Document type: Grant
Year: 1310
Scribe: [Unknown]
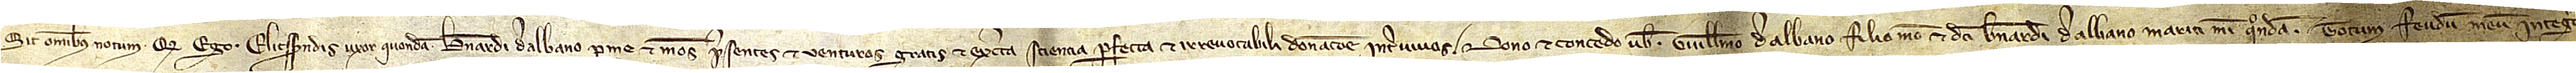
Sit omnibus notum quod ego Elicsendis, uxor quondam Bernadi de Albano, per me et meos presentes et venturos gratis et ex certa sciencia perfecta et irrevocabili donacione inter vivos dono et concedo vobis Guillelmo de Albano, filio meo et dicti Bernardi de Albano, mariti mei, quondam, totum feudum meum integriter